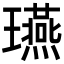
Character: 𤫇